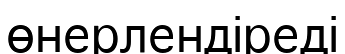
өнерлендіреді